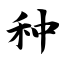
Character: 种